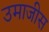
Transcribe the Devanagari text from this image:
उमाजीस